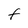
Character: F